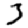
Digit: 3